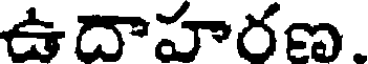
ఉదాహరణ.